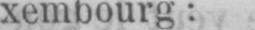
xembourg: